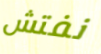
نفتش